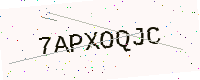
Text: 7APXOQJC